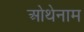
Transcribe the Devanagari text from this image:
ओथेनाम